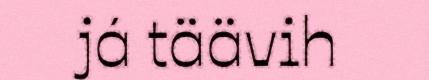
já täävih